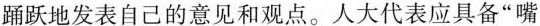
踊跃地发表自己的意见和观点。人大代表应具备“嘴